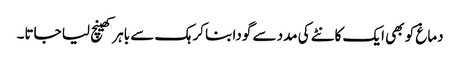
دماغ کو بھی ایک کانٹے کی مدد سے گودا بنا کر ہک سے باہر کھینچ لیا جاتا۔